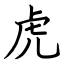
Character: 虎